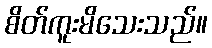
စိတ်ကူးမိသေးသည်။